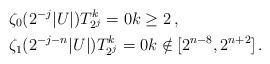
LaTeX: \begin{align*}&\zeta_0(2^{-j} |U|) T^k_{2^j} = 0 k\ge 2\,,\\&\zeta_1(2^{-j-n} |U|) T^k_{2^j} = 0 k\notin[2^{n-8}, 2^{n+2}]\,.\end{align*}